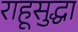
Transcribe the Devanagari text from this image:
राहूसुद्धा